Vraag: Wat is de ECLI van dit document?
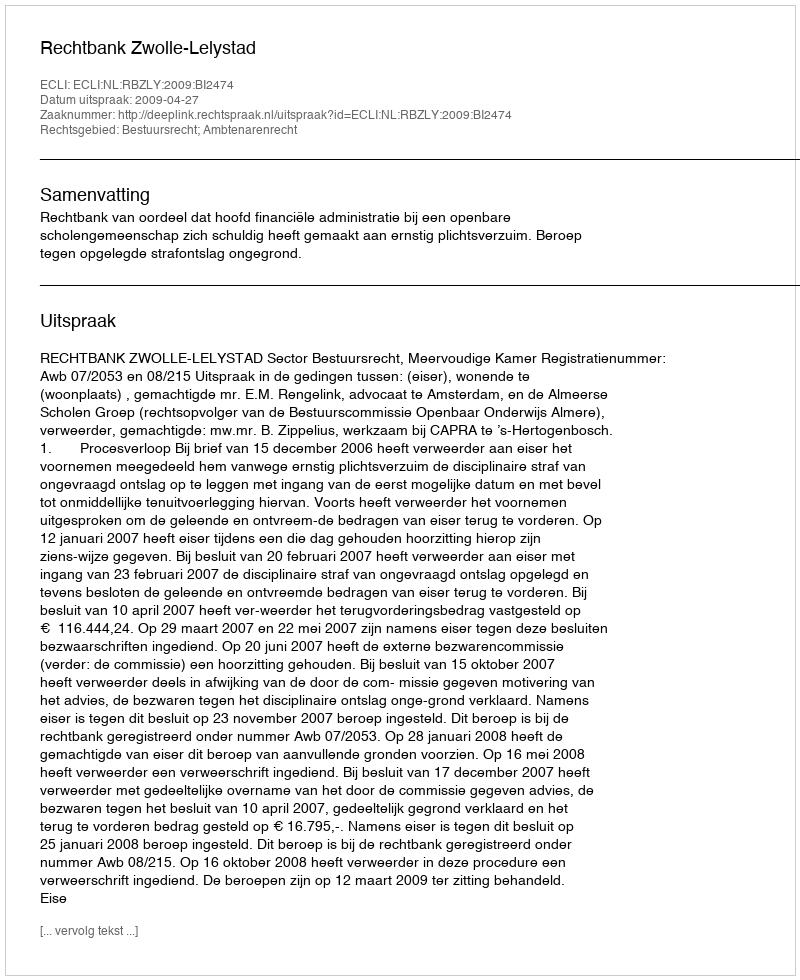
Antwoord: ECLI:NL:RBZLY:2009:BI2474